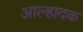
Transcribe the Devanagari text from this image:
आल्हादक